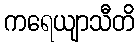
ကရေယျာသီတိ